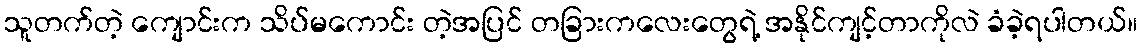
သူတက်တဲ့ ကျောင်းက သိပ်မကောင်း တဲ့အပြင် တခြားကလေးတွေရဲ့ အနိုင်ကျင့်တာကိုလဲ ခံခဲ့ရပါတယ်။